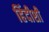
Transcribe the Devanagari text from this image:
हिंदीशी